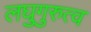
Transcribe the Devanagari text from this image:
लघुगुरुत्व